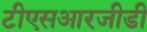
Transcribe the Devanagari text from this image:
टीएसआरजीडी